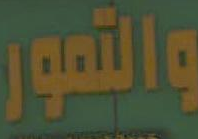
والتمور